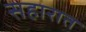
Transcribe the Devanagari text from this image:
सहारात